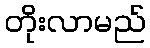
တိုးလာမည်